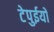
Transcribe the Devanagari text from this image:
टेपुईयों